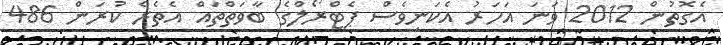
އެގޮތުން 2012 ވަނަ އަހަރު އެކަނިވެސް ޕެޓްރޯލްގެ ބާވަތްތައް އެތެރެ ކުރަން 486